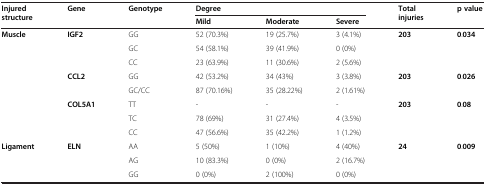
<table><thead><tr><td rowspan="2"><b>Injured structure</b></td><td rowspan="2"><b>Gene</b></td><td rowspan="2"><b>Genotype</b></td><td colspan="3"><b>Degree</b></td><td rowspan="2"><b>Total injuries</b></td><td rowspan="2"><b>p value</b></td></tr><tr><td><b>Mild</b></td><td><b>Moderate</b></td><td><b>Severe</b></td></tr></thead><tbody><tr><td rowspan="8"><b>Muscle</b></td><td rowspan="3"><b>IGF2</b></td><td>GG</td><td>52 (70.3%)</td><td>19 (25.7%)</td><td>3 (4.1%)</td><td rowspan="3"><b>203</b></td><td rowspan="3"><b>0</b>.<b>034</b></td></tr><tr><td>GC</td><td>54 (58.1%)</td><td>39 (41.9%)</td><td>0 (0%)</td></tr><tr><td>CC</td><td>23 (63.9%)</td><td>11 (30.6%)</td><td>2 (5.6%)</td></tr><tr><td rowspan="2"><b>CCL2</b></td><td>GG</td><td>42 (53.2%)</td><td>34 (43%)</td><td>3 (3.8%)</td><td rowspan="2"><b>203</b></td><td rowspan="2"><b>0</b>.<b>026</b></td></tr><tr><td>GC/CC</td><td>87 (70.16%)</td><td>35 (28.22%)</td><td>2 (1.61%)</td></tr><tr><td rowspan="3"><b>COL5A1</b></td><td>TT</td><td>-</td><td>-</td><td>-</td><td rowspan="3"><b>203</b></td><td rowspan="3"><b>0</b>.<b>08</b></td></tr><tr><td>TC</td><td>78 (69%)</td><td>31 (27.4%)</td><td>4 (3.5%)</td></tr><tr><td>CC</td><td>47 (56.6%)</td><td>35 (42.2%)</td><td>1 (1.2%)</td></tr><tr><td rowspan="3"><b>Ligament</b></td><td rowspan="3"><b>ELN</b></td><td>AA</td><td>5 (50%)</td><td>1 (10%)</td><td>4 (40%)</td><td rowspan="3"><b>24</b></td><td rowspan="3"><b>0</b>.<b>009</b></td></tr><tr><td>AG</td><td>10 (83.3%)</td><td>0 (0%)</td><td>2 (16.7%)</td></tr><tr><td>GG</td><td>0 (0%)</td><td>2 (100%)</td><td>0 (0%)</td></tr></tbody></table>